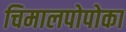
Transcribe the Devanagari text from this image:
चिमालपोपोका